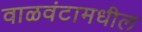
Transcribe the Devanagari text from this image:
वाळवंटामधील